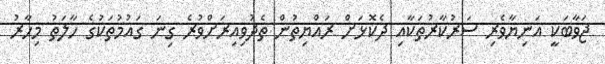
ޖަވާބަކީ އަނިޔާވެރި ސަރުކާރުތަކާއި ދެކޮޅަށް ރައްޔިތުން ތެދުވިއިރަށްވުރެ ގިނަ ގައުމުތަކުގެ ހާލަތު މިހާރު